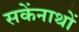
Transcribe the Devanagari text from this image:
सकेंनाथों